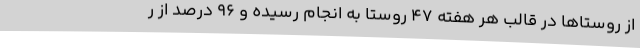
از روستاها در قالب هر هفته ۴۷ روستا به انجام رسیده و ۹۶ درصد از ر